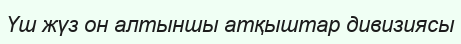
Үш жүз он алтыншы атқыштар дивизиясы